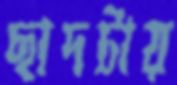
ছাদটায়